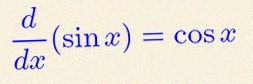
\frac{d}{dx}(\sin x)=\cos x